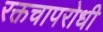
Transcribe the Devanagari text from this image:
रक्तचापरोधी